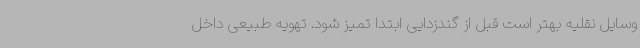
وسایل نقلیه بهتر است قبل از گندزدایی ابتدا تمیز شود. تهویه طبیعی داخل